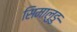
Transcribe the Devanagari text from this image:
सिमालुङु